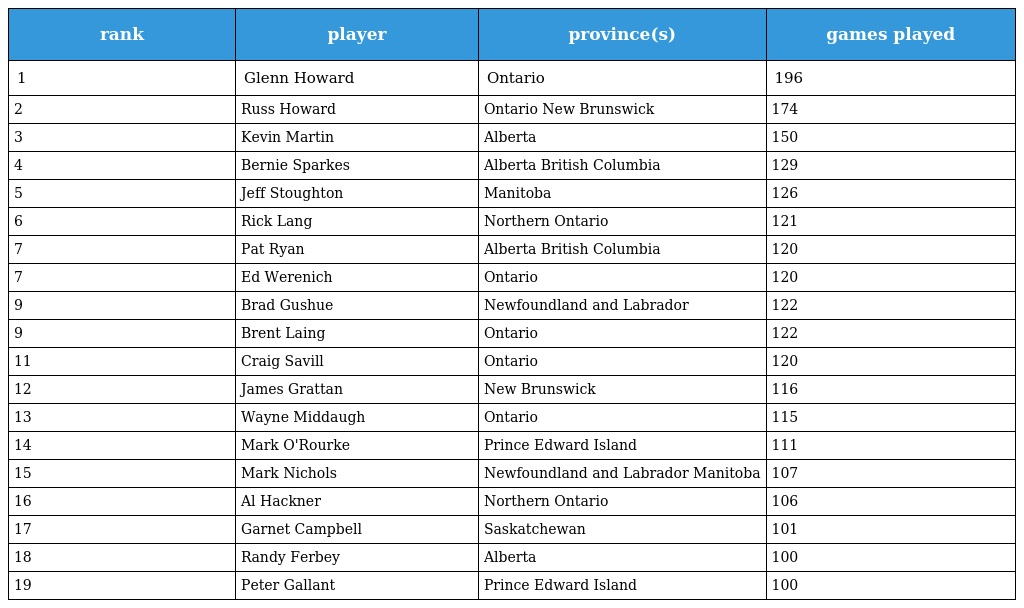
| rank | player | province(s) | games played |
 | --- | --- | --- | --- |
 | 1 | Glenn Howard | Ontario | 196 |
 | 2 | Russ Howard | Ontario New Brunswick | 174 |
 | 3 | Kevin Martin | Alberta | 150 |
 | 4 | Bernie Sparkes | Alberta British Columbia | 129 |
 | 5 | Jeff Stoughton | Manitoba | 126 |
 | 6 | Rick Lang | Northern Ontario | 121 |
 | 7 | Pat Ryan | Alberta British Columbia | 120 |
 | 7 | Ed Werenich | Ontario | 120 |
 | 9 | Brad Gushue | Newfoundland and Labrador | 122 |
 | 9 | Brent Laing | Ontario | 122 |
 | 11 | Craig Savill | Ontario | 120 |
 | 12 | James Grattan | New Brunswick | 116 |
 | 13 | Wayne Middaugh | Ontario | 115 |
 | 14 | Mark O'Rourke | Prince Edward Island | 111 |
 | 15 | Mark Nichols | Newfoundland and Labrador Manitoba | 107 |
 | 16 | Al Hackner | Northern Ontario | 106 |
 | 17 | Garnet Campbell | Saskatchewan | 101 |
 | 18 | Randy Ferbey | Alberta | 100 |
 | 19 | Peter Gallant | Prince Edward Island | 100 |